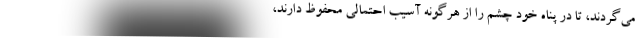
می‌گردند، تا در پناه خود چشم را از هرگونه آسیب احتمالی محفوظ دارند،